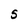
Character: S